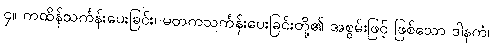
၄။ ကထိန်သင်္ကန်းပေးခြင်း၊ မတကသင်္ကန်းပေးခြင်းတို့၏ အစွမ်းဖြင့် ဖြစ်သော ဒါနကံ၊